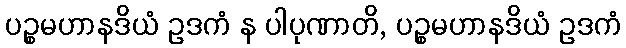
ပဉ္စမဟာနဒိယံ ဥဒကံ န ပါပုဏာတိ, ပဉ္စမဟာနဒိယံ ဥဒကံ